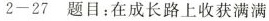
2-27题目：在成长路上收获满满